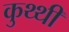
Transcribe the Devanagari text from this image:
कुथ्थी